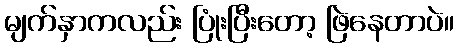
မျက်နှာကလည်း ပြုံးပြီးတော့ ဖြဲနေတာပဲ။